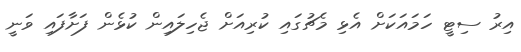
އިރު ސިޓީ ހަމައަކަށް އެޅި މެޗުގައި ކުރިއަށް ޖެހިލައިން ކުޅެން ފަށާފައި ވަނީ